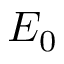
E _ { 0 }